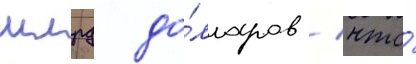
млрд до́лларов / что́